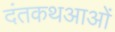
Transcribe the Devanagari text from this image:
दंतकथआओं